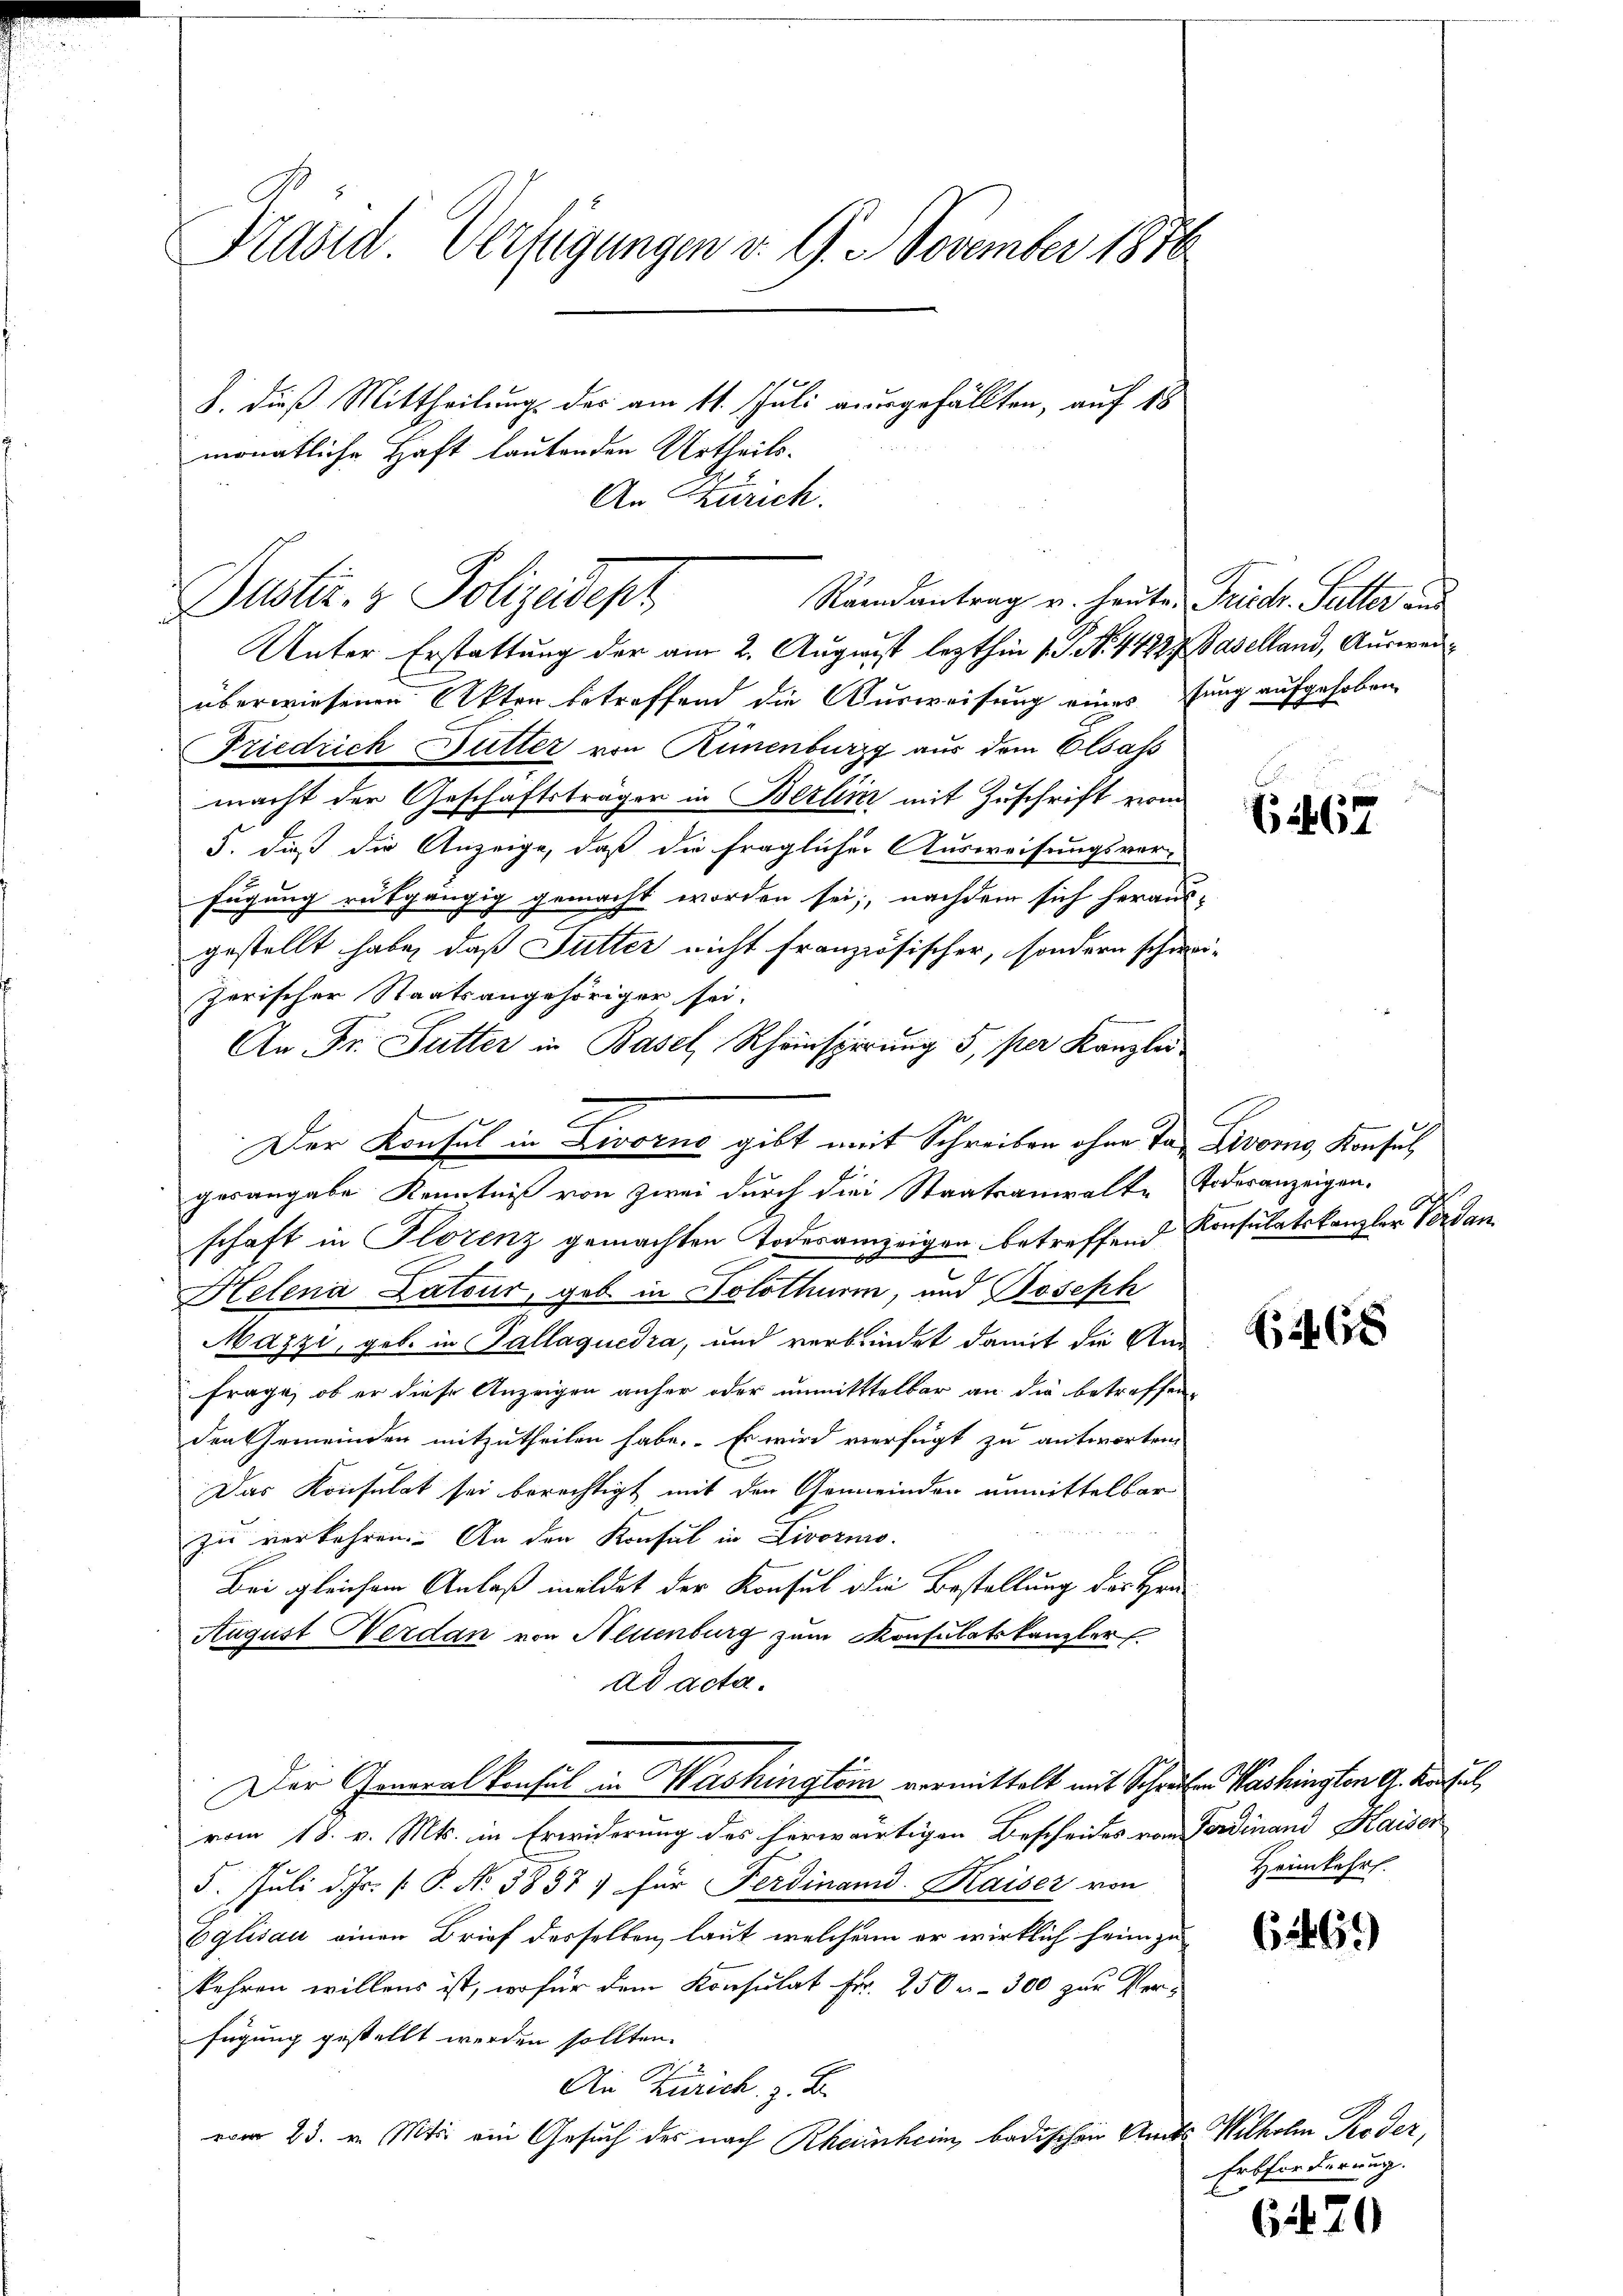
Präsid. Verfügungen v. 9. November 1876
8. dieß Mittheilung des am 11. Juli ausgefällten, auf 18
monatliche Haft lautenden Urtheils-
An Zürich.

Randantrag v. Heute Friedr. Satter dur
Duster- & Polizadept,

Unter Erstattung der am 2. August lezthin 1. No. 44227. Baselland, Ausweiüberwiesenen Akten betreffend die Ausweisung einessung aufgehoben
Friedrich Butter von Rünenburg aus dem Elsass
macht der Geschäftsträger in Berlin mit Zuschrift vom
5. daß die Anzeige, daß die fraglicher Ausweisungsver-
fügung rükgängig gemacht worden sei; nachdem sich heraus-
gestellt habe, daß Futter nicht französischer, sondern schweizerischer Staatsangehöriger sei.
An Fr. Sutter in Basel Rheinsperung 5, per Kanzler
gesangabe Kenntniß von zwei durch die Staatsanwalte Todesanzeigen.
schaft in Florenz gemachten Todesanzeigen betreffend Konsulatskanzler Verdan
C
Helena Lateur, geb. in Solothurm, und Joseph
Mazzi, geb. in Pallaquedra, und verbrindet damit die An
frage, ob er diese Anzeigen anher oder unmitttelbar an die betreffenden Gemeinden mitzutheilen habe. Es wird verfügt zu antworten.
Das Konsulat sei berechtigt mit den Gemeinden unmittelbar
zu verkehren. An den Konsul in Livorno.
Bei gleichem Anlaß mildet der Konsul die Bestellung des Han¬
August Werdan von Neuenburg zum Konsulatskanzler
ad acta.
Der Generalkonsul in Washingtem vormittelt mit Schreiben Washingten 9. hujus,
vom 18. v. Mts. in Erwiderung des herwärtigen Bescheides von Ferdinand Kaiser
5. Juli d. Js. [ P. No 3837; für Ferdinand. Kaiser von
Eglisau einen Brief desselben, laut, welchen er wirklich heim zu
kehren willens ist, wofür dem Konsulat Fr. 250 u. 300 zur Verfügung gestellt werden sollten.
2
An Zürich, z. B.
vom 23. v. Mts. ein Gesuch des nach Rheinheim badischen Amts Wilhelm oder,

Der Konsul in Livorno gibt mit Schreiben ohne Ta- Livors Konsul

Ei467

68

Heimkehr.

62469)

Erbforderung.

6470